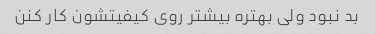
بد نبود ولی بهتره بیشتر روی کیفیتشون کار کنن